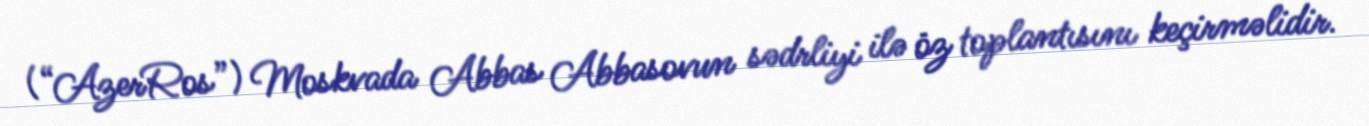
(“AzerRos”) Moskvada Abbas Abbasovun sədrliyi ilə öz toplantısını keçirməlidir.